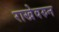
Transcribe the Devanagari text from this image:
राखेवरुन